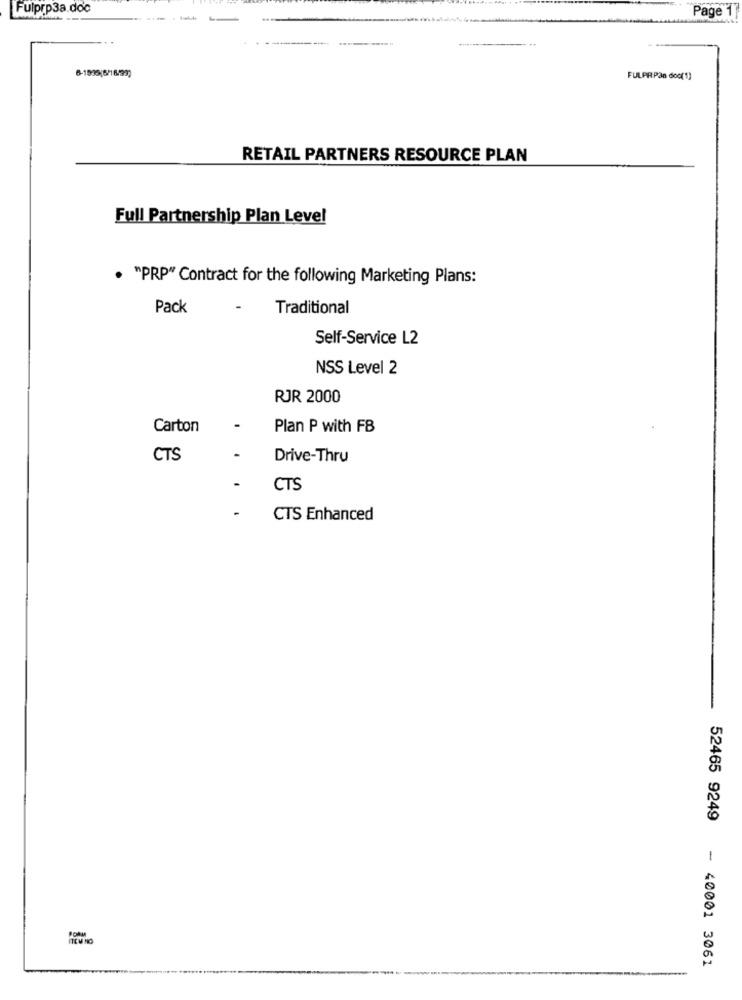
Fulprp3a.doc
Page 1
FULAR Pan doc(1)
RETAIL PARTNERS RESOURCE PLAN
Full Partnership Plan Level
. "PRP" Contract for the following Marketing Plans:
Pack
-
Traditional
Self-Service L2
NSS Level 2
RJR 2000
Carton
Plan P with FB
CTS
Drive-Thru
CTS
-
CTS Enhanced
ITEM NO
FORM
52465 9249 - 40001 3061